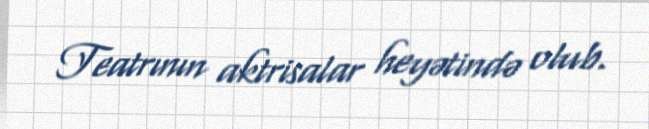
Teatrının aktrisalar heyətində olub.